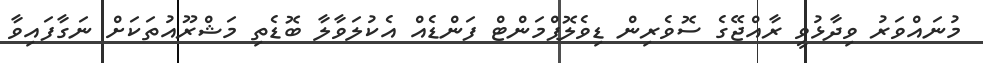
މުނައްވަރު ވިދާޅުވީ ރާއްޖޭގެ ސޮވެރިން ޑިވެލޮޕްމަންޓް ފަންޑެއް އެކުލަވާލާ ބޮޑެތި މަޝްރޫއުތަކަށް ނަގާފައިވާ